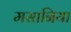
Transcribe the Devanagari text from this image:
मसानिया